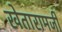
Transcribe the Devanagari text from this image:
खेतारामजी